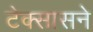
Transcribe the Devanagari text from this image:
टेक्सासने